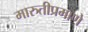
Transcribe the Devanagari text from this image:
मारुतीप्रमाणे